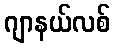
ဂျာနယ်လစ်